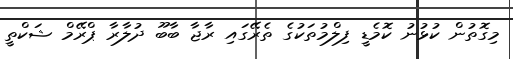
މިގޮތުން ކުޅުނު ކޮމެޑީ ފިލްމުތަކުގެ ތެރޭގައި ރާޖާ ބާބޫ ދުލާރާ ޕްރޭމް ޝަކްތީ